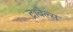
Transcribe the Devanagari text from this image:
ट्रावेल्स